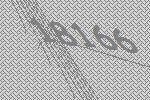
18166